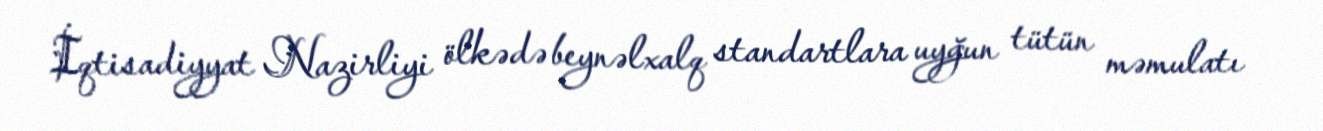
İqtisadiyyat Nazirliyi ölkədə beynəlxalq standartlara uyğun tütün məmulatı